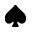
\spadesuit